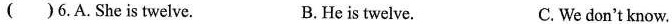
( )6.A. She is twelve. B.He is twelve. C. We don't know.